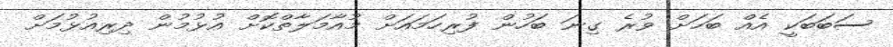
ސަބަބަކީ އެއް ބަހަށް ވުރެ ގިނަ ބަހުން ފުރިހަމައަށް މުއާމަލާތްކޮށް އުޅުމުން ދިރިއުޅުމަށް